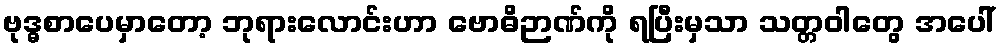
ဗုဒ္ဓစာပေမှာတော့ ဘုရားလောင်းဟာ ဗောဓိဉာဏ်ကို ရပြီးမှသာ သတ္တဝါတွေ အပေါ်